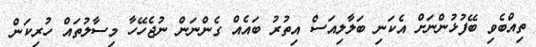
ތިއްބެވި ބޭފުޅުންނަށް އެކަނި ބަލާލިއަސް އިތުރު ބައެއް ގެންނަން ނުޖެހޭހާ މިސާލުތައް ހުރިކަން